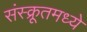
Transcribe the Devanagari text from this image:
संस्क्रूतमध्ये